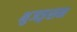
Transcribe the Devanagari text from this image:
भुजङ्गसन